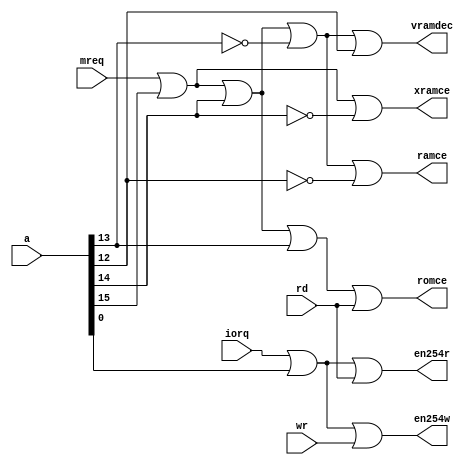
module decodificador_1(
	input wire [15:0] a,
	input wire mreq,
	input wire iorq,
	input wire rd,
	input wire wr,
	output wire romce,
	output wire ramce,
	output wire xramce,
	output wire vramdec,
	output wire en254r,
	output wire en254w
	);
	wire en254;
	assign romce = mreq | a[15] | a[14] | a[13] | rd;
	assign ramce = mreq | a[15] | a[14] | ~a[13] | ~a[12]; 
	assign xramce = mreq | a[15] | ~a[14];  
	assign vramdec = mreq | a[15] | a[14] | ~a[13] | a[12]; 
	assign en254 = iorq | a[0]; 
	assign en254r = en254 | rd;
	assign en254w = en254 | wr;
endmodule